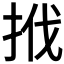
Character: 𢬩